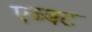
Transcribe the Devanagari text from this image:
एब्बट